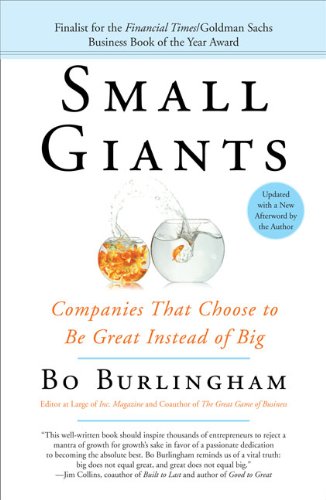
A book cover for Small Giants: Companies That Choose to Be Great Instead of Big; Bo Burlingham; Business & Money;